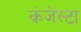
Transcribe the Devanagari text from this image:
कंजेस्टा